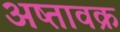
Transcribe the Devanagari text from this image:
अष्तावक्र